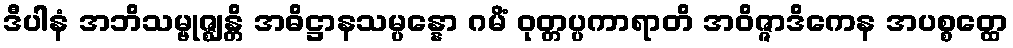
ဒီပါနံ အဘိသမ္ဗုဇ္ဈန္တိ အဓိဋ္ဌာနသမ္ပန္နော ဂမိံ ဝုတ္တပ္ပကာရာတိ အဝိဇ္ဇာဒိကေန အပစ္စတ္ထေ